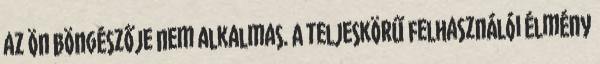
az Ön böngészője nem alkalmas. A teljeskörű felhasználói élmény